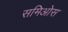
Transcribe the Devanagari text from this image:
समिओस